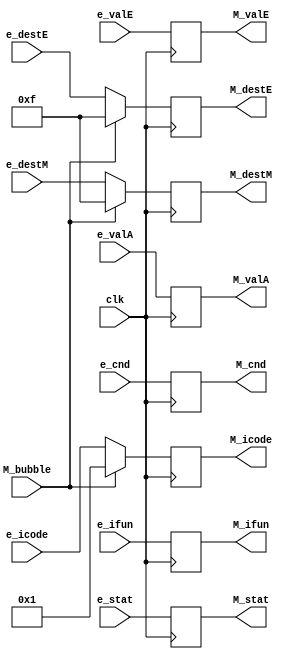
module m_reg(
    input clk, 
    input M_bubble,
    input e_cnd,
    input [3:0] e_stat, e_icode, e_ifun, e_destE, e_destM,
    input [63:0] e_valA, e_valE, 
    output reg M_cnd,
    output reg [63:0] M_valA, M_valE, 
    output reg [3:0] M_stat, M_icode, M_ifun, M_destE, M_destM
);

always@(posedge clk)
    begin
        if(M_bubble == 1)
        begin
            M_icode = 4'b1;
            M_destE = 4'hF;
            M_destM = 4'hF;
        end

        else if (M_bubble == 0)
        begin
            M_icode = e_icode;
            M_destE = e_destE;
            M_destM = e_destM;
        end

        M_valA = e_valA;
        M_valE = e_valE;
        M_stat = e_stat;
        M_cnd = e_cnd;
        M_ifun = e_ifun;
        
    end
endmodule